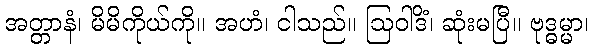
အတ္တာနံ၊ မိမိကိုယ်ကို။ အဟံ၊ ငါသည်။ ဩဝါဒိံ၊ ဆုံးမပြီ။ ဗုဒ္ဓမ္မာ၊